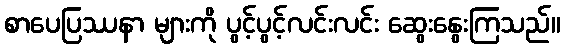
စာပေပြဿနာ များကို ပွင့်ပွင့်လင်းလင်း ဆွေးနွေးကြသည်။